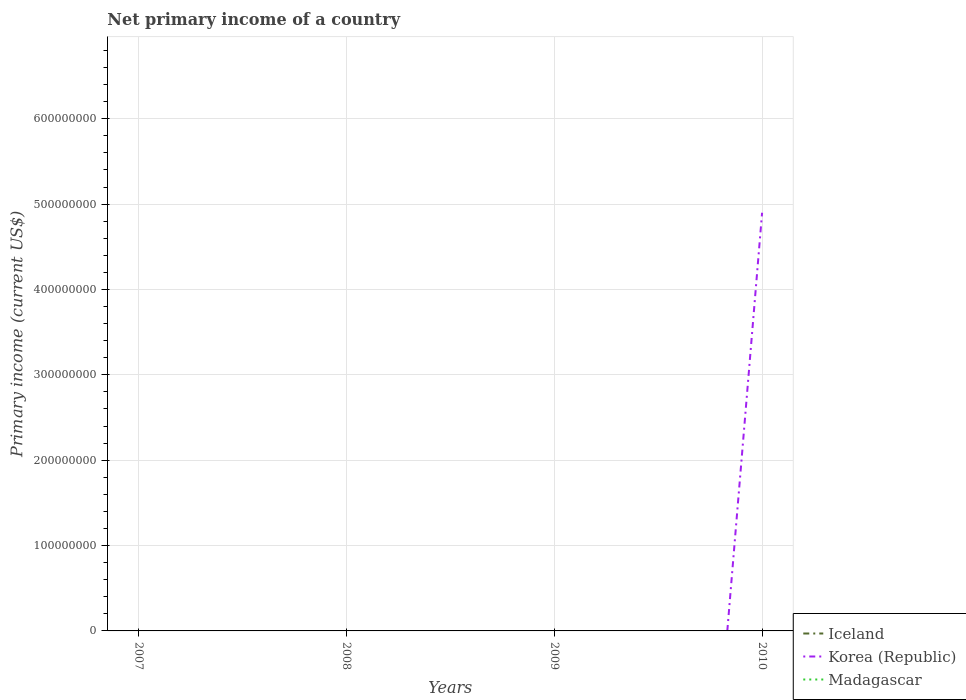
| Years | Iceland | Korea (Republic) | Madagascar |
 | --- | --- | --- | --- |
 | 2007 | -2.08e+09 | -3.41e+09 | -7.46e+07 |
 | 2008 | -3.64e+09 | -1.2e+09 | -7.82e+07 |
 | 2009 | -1.47e+09 | -2.44e+09 | -1.13e+08 |
 | 2010 | -1.26e+09 | 4.9e+08 | -1.3e+08 |